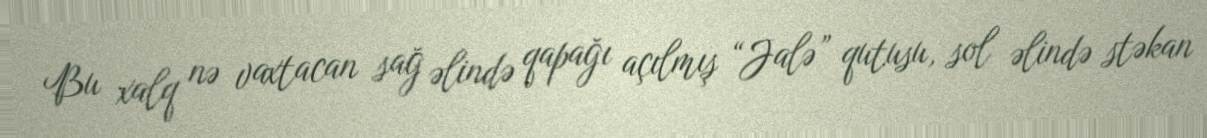
Bu xalq nə vaxtacan sağ əlində qapağı açılmış “Jalə” qutusu, sol əlində stəkan